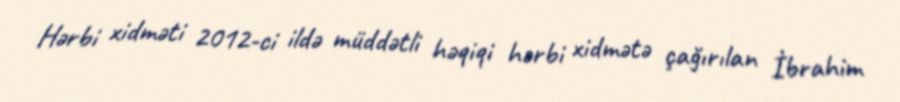
Hərbi xidməti 2012-ci ildə müddətli həqiqi hərbi xidmətə çağırılan İbrahim